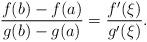
LaTeX: \begin{align*}\frac{f(b)-f(a)}{g(b)-g(a)}=\frac{f'(\xi)}{g'(\xi)}.\end{align*}